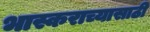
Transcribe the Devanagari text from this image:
भास्कराच्यासाठी